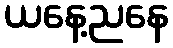
ယနေ့ညနေ